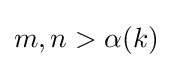
m,n>\alpha (k)